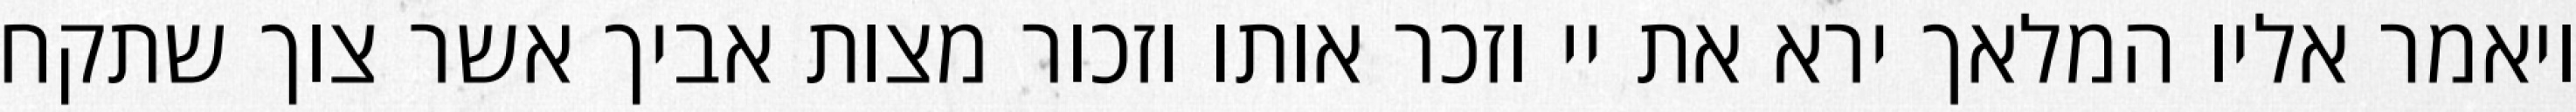
ויאמר אליו המלאך ירא את יי וזכר אותו וזכור מצות אביך אשר צוך שתקח